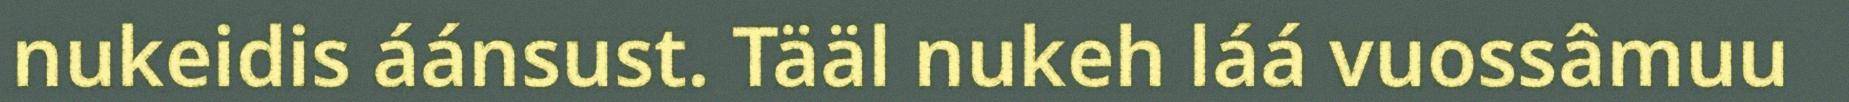
nukeidis áánsust. Tääl nukeh láá vuossâmuu